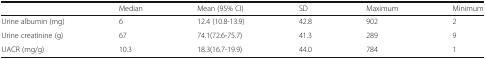
|  | Median | Mean (95% CI) | SD | Maximum | Minimum |
 | --- | --- | --- | --- | --- | --- |
 | Urine albumin (mg) | 6 | 12.4 (10.8-13.9) | 42.8 | 902 | 2 |
 | Urine creatinine (g) | 67 | 74.1(72.6-75.7) | 41.3 | 289 | 9 |
 | UACR (mg/g) | 10.3 | 18.3(16.7-19.9) | 44.0 | 784 | 1 |